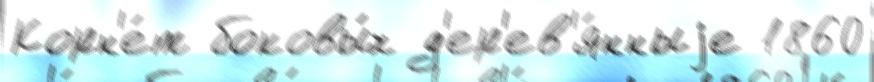
Корн'е́т боковы́х д'ер'ев'я́нныjе 1860